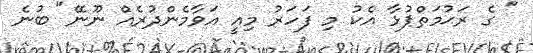
" ގެ ރަޙުމަތްޕުޅާ އެކު މި ފަހަރު މިއީ އަވާމެންދުރެއް ނޫނޭ" ބުނެ